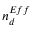
n _ { d } ^ { E f f }